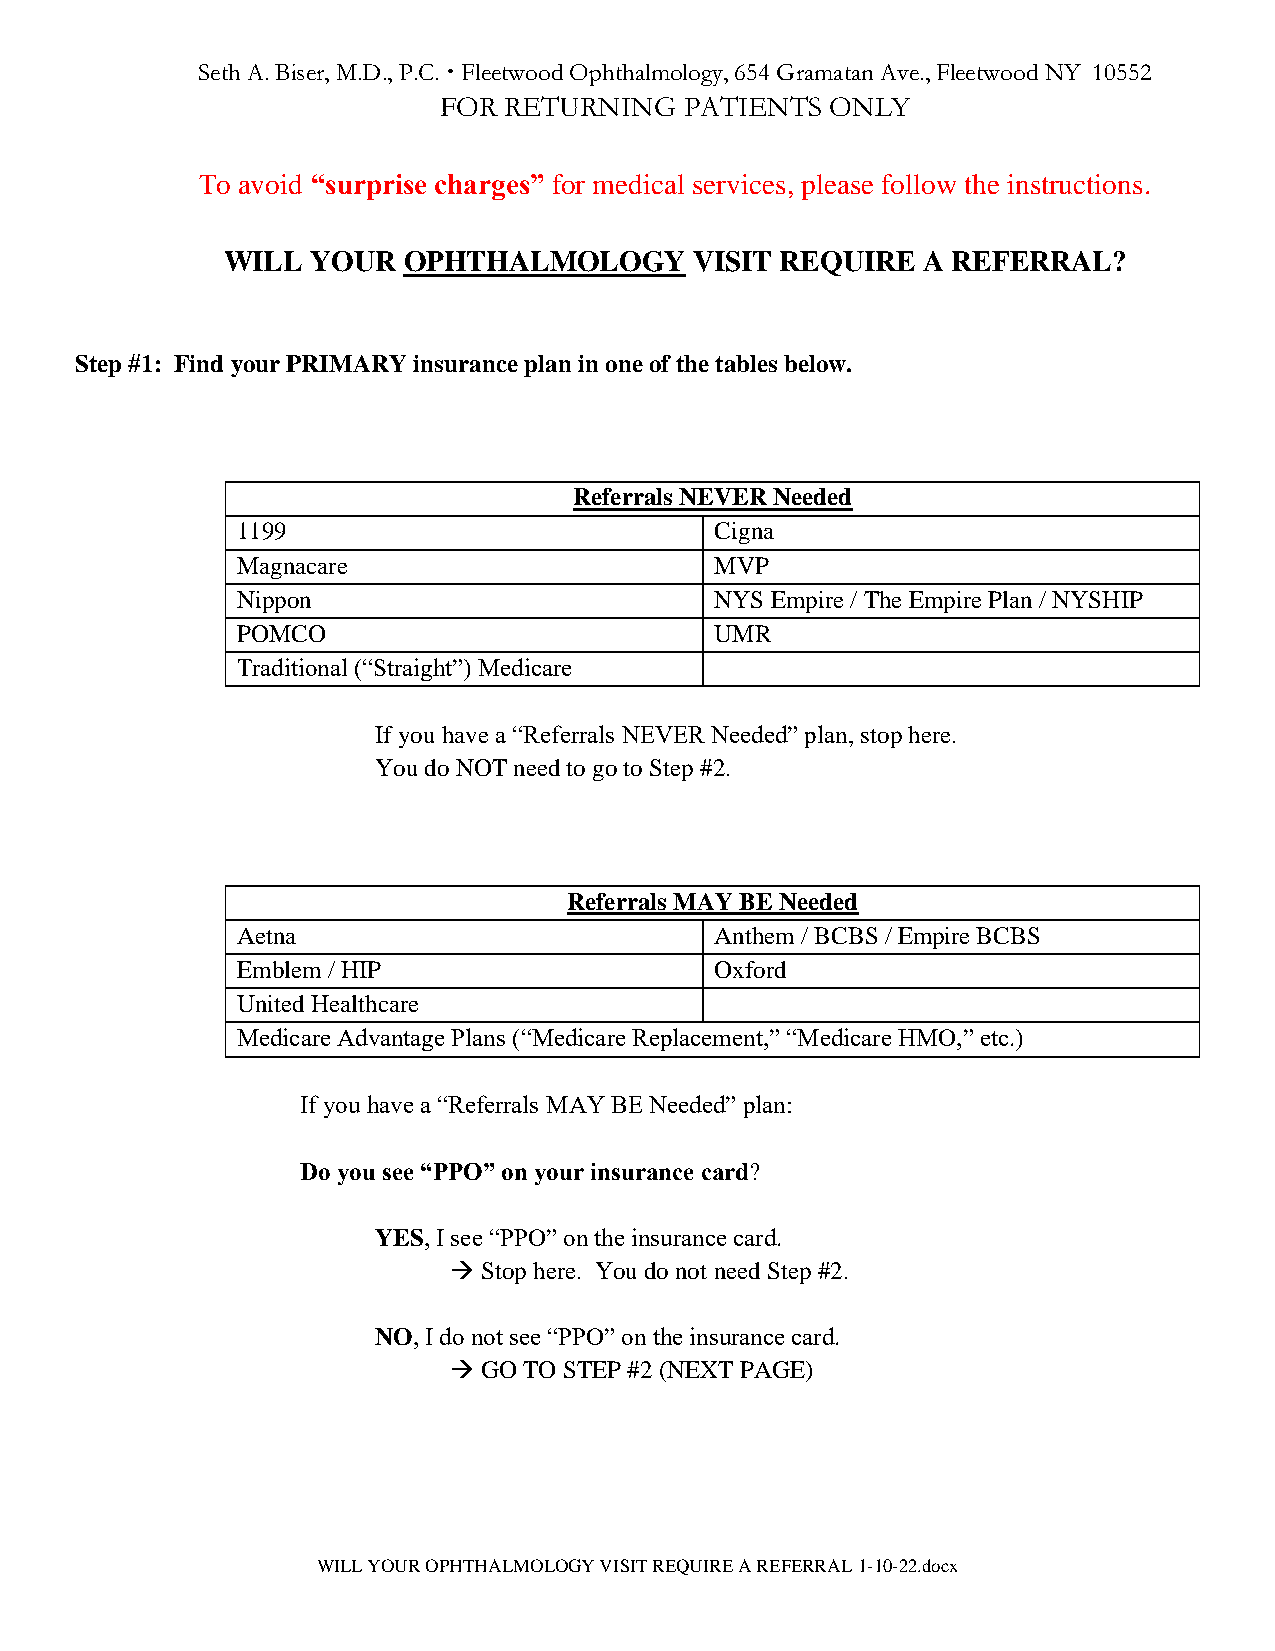
Seth A. Biser, M.D., P.C.  Fleetwood Ophthalmology, 654 Gramatan Ave., Fleetwood NY 10552
 FOR RETURNING   PATIENTS  ONLY
 To avoid “surprise charges” for medical services, please follow the instructions.
 WILL  YOUR  OPHTHALMOLOGY      VISIT REQUIRE  A REFERRAL?
 Step #1: Find your PRIMARY insurance plan in one of the tables below.
 Referrals NEVER Needed
 1199                           Cigna
 Magnacare                      MVP
 Nippon                         NYS Empire / The Empire Plan / NYSHIP
 POMCO                          UMR
 Traditional (“Straight”) Medicare
 If you have a “Referrals NEVER Needed” plan, stop here.
 You do NOT need to go to Step #2.
 Referrals MAY BE Needed
 Aetna                          Anthem / BCBS / Empire BCBS
 Emblem / HIP                   Oxford
 United Healthcare
 Medicare Advantage Plans (“Medicare Replacement,” “Medicare HMO,” etc.)
 If you have a “Referrals MAY BE Needed” plan:
 Do you see “PPO” on your insurance card?
 YES, I see “PPO” on the insurance card.
 → Stop here. You do not need Step #2.
 NO, I do not see “PPO” on the insurance card.
 → GO TO STEP #2 (NEXT PAGE)
 WILL YOUR OPHTHALMOLOGY VISIT REQUIRE A REFERRAL 1-10-22.docx